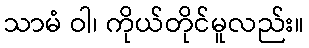
သာမံ ဝါ၊ ကိုယ်တိုင်မူလည်း။